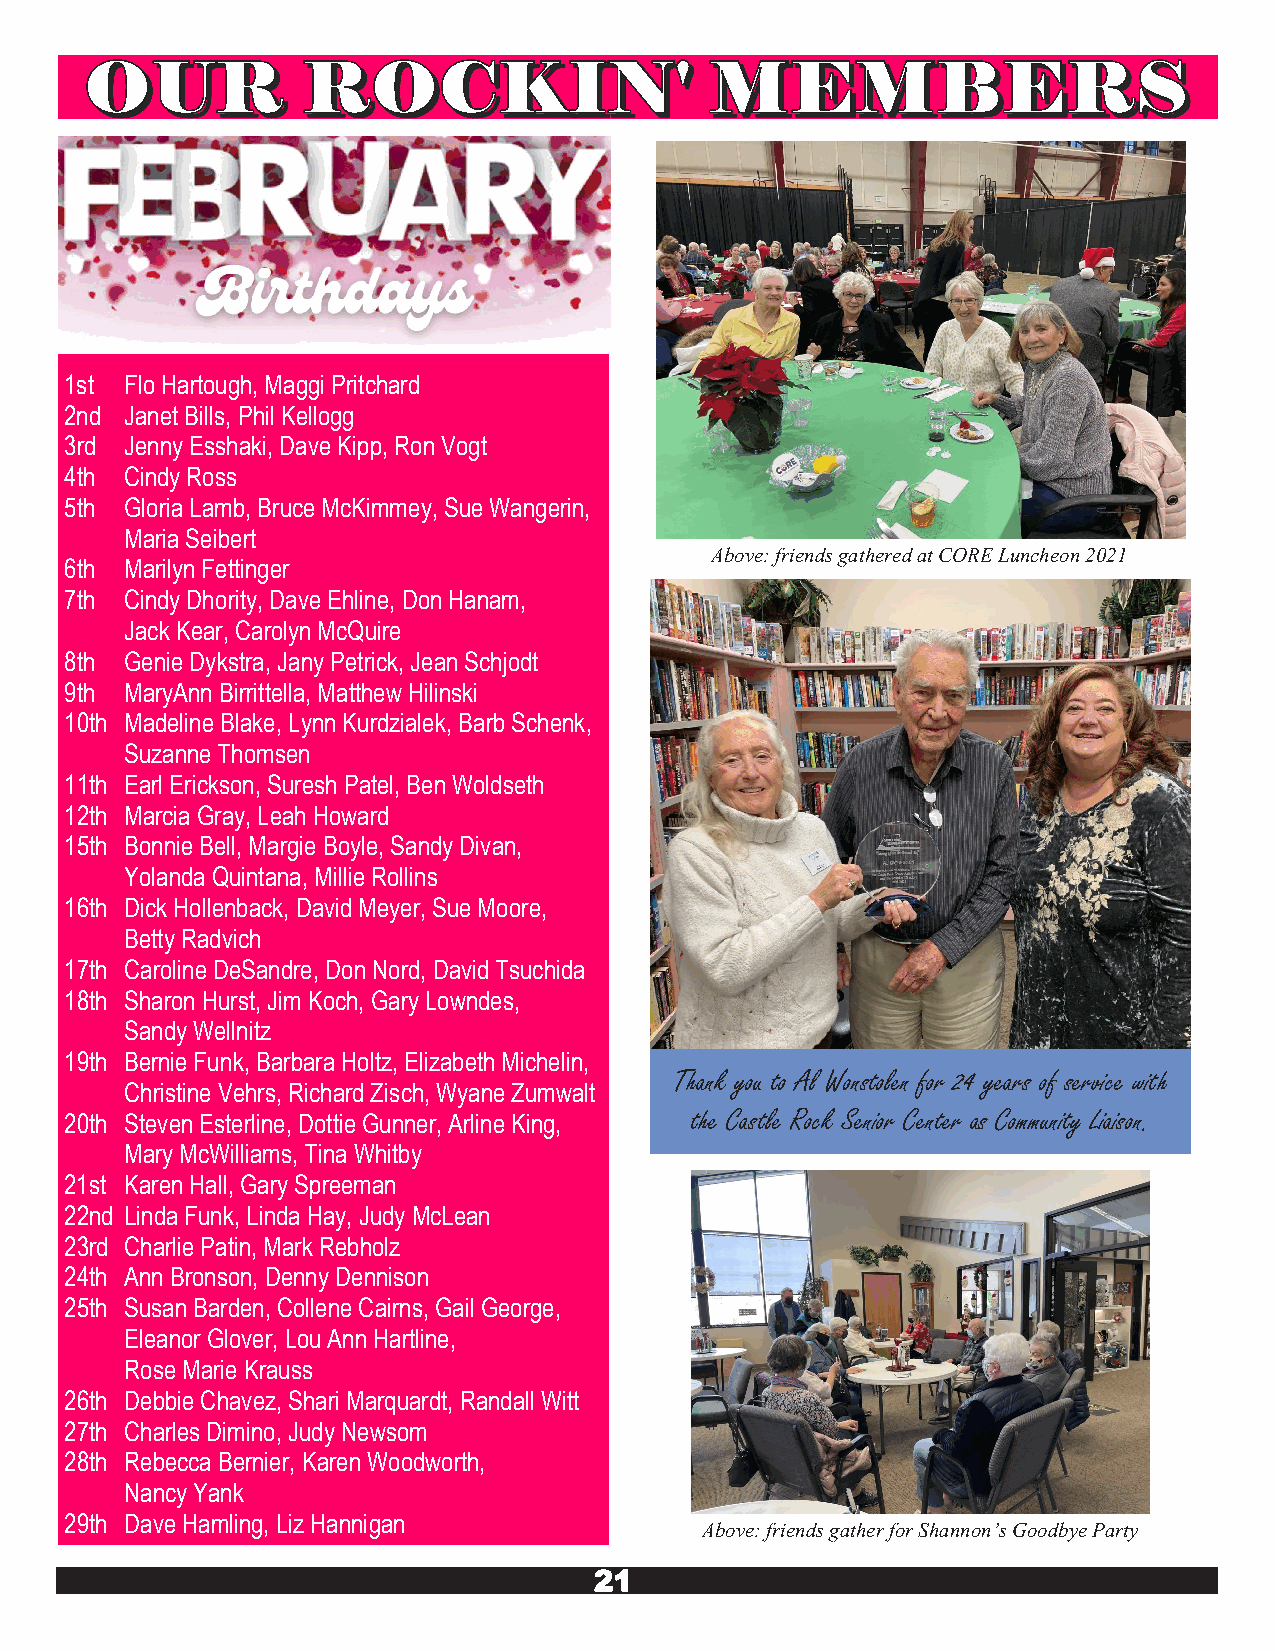
1st Flo Hartough, Maggi Pritchard
 2nd Janet Bills, Phil Kellogg
 3rd Jenny Esshaki, Dave Kipp, Ron Vogt
 4th Cindy Ross
 5th Gloria Lamb, Bruce McKimmey, Sue Wangerin,
 Maria Seibert
 Above: friends gathered at CORE Luncheon 2021
 6th Marilyn Fettinger
 7th Cindy Dhority, Dave Ehline, Don Hanam,
 Jack Kear, Carolyn McQuire
 8th Genie Dykstra, Jany Petrick, Jean Schjodt
 9th MaryAnn Birrittella, Matthew Hilinski
 10th Madeline Blake, Lynn Kurdzialek, Barb Schenk,
 Suzanne Thomsen
 11th Earl Erickson, Suresh Patel, Ben Woldseth
 12th Marcia Gray, Leah Howard
 15th Bonnie Bell, Margie Boyle, Sandy Divan,
 Yolanda Quintana, Millie Rollins
 16th Dick Hollenback, David Meyer, Sue Moore,
 Betty Radvich
 17th Caroline DeSandre, Don Nord, David Tsuchida
 18th Sharon Hurst, Jim Koch, Gary Lowndes,
 Sandy Wellnitz
 19th Bernie Funk, Barbara Holtz, Elizabeth Michelin,
 Thank you to Al Wonstolen for 24 years of service with
 Christine Vehrs, Richard Zisch, Wyane Zumwalt
 20th Steven Esterline, Dottie Gunner, Arline King, the Castle Rock Senior Center as Community Liaison.
 Mary McWilliams, Tina Whitby
 21st Karen Hall, Gary Spreeman
 22nd Linda Funk, Linda Hay, Judy McLean
 23rd Charlie Patin, Mark Rebholz
 24th Ann Bronson, Denny Dennison
 25th Susan Barden, Collene Cairns, Gail George,
 Eleanor Glover, Lou Ann Hartline,
 Rose Marie Krauss
 26th Debbie Chavez, Shari Marquardt, Randall Witt
 27th Charles Dimino, Judy Newsom
 28th Rebecca Bernier, Karen Woodworth,
 Nancy Yank
 29th Dave Hamling, Liz Hannigan
 Above: friends gather for Shannon’s Goodbye Party
 21